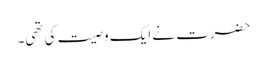
حضرت نے ایک وصیت کی تھی۔